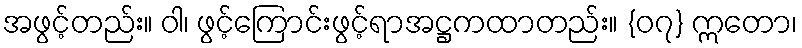
အဖွင့်တည်း။ ဝါ၊ ဖွင့်ကြောင်းဖွင့်ရာအဋ္ဌကထာတည်း။ {၀၇} ဣတော၊